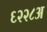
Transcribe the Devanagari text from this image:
६२२८अ